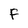
Character: F